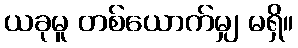
ယခုမူ တစ်ယောက်မျှ မရှိ။